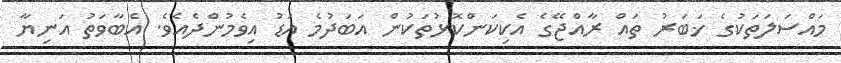
މައްސަލަތަކުގެ ޚަބަރު ތައް ރާއްޖޭގެ އެކިކަންކޮޅުތަކުން އަބަދުމެ އަޑު އިވެމުންދެއެވެ. އެބާވަތު އަނިޔާ